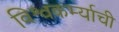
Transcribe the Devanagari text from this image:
विश्वकर्म्याची